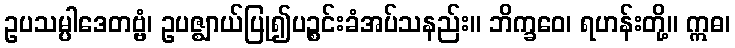
ဥပသမ္ပါဒေတဗ္ဗံ၊ ဥပဇ္ဈာယ်ပြု၍ပဉ္စင်းခံအပ်သနည်း။ ဘိက္ခဝေ၊ ရဟန်းတို့။ ဣဓ၊